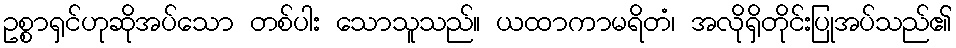
ဥစ္စာရှင်ဟုဆိုအပ်သော တစ်ပါး သောသူသည်။ ယထာကာမရိတံ၊ အလိုရှိတိုင်းပြုအပ်သည်၏